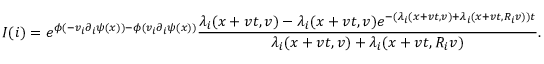
I ( i ) = e ^ { \phi ( - v _ { i } \partial _ { i } \psi ( x ) ) - \phi ( v _ { i } \partial _ { i } \psi ( x ) ) } \frac { \lambda _ { i } ( x + v t , v ) - \lambda _ { i } ( x + v t , v ) e ^ { - ( \lambda _ { i } ( x + v t , v ) + \lambda _ { i } ( x + v t , R _ { i } v ) ) t } } { \lambda _ { i } ( x + v t , v ) + \lambda _ { i } ( x + v t , R _ { i } v ) } .